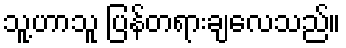
သူ့ဟာသူ ပြန်တရားချလေသည်။